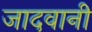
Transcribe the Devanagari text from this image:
जादवानी